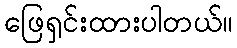
ဖြေရှင်းထားပါတယ်။